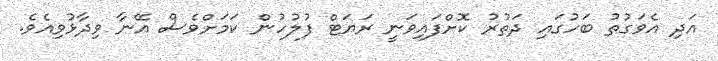
އަދި އެވަގުތު ބަހުގައި ދަތުރު ކޮށްފައިވަނީ ރަޔަޓް ފުލުހުން ކަމަށްވެސް އޭނާ ވިދާޅުވިއެވެ.